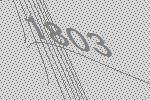
1803